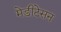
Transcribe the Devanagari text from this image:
मेडीटेसन